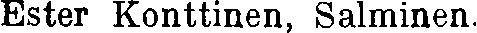
Ester Konttinen, Salminen.